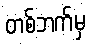
တစ်ဘက်မှ